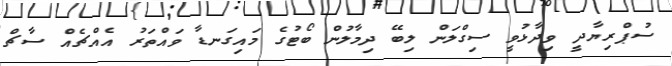
ސުޕްރިޔާދީ ވިދާޅުވީ ސިގްލަން ލިބޭ ދިމާލުން ބޯޓުގެ މައިގަނޑާ ވައްތަރު އެއްޗެއް ސާޗް